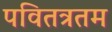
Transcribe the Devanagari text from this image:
पवितत्रतम